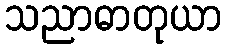
သညာဓာတုယာ